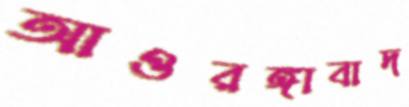
আওরঙ্গাবাদ